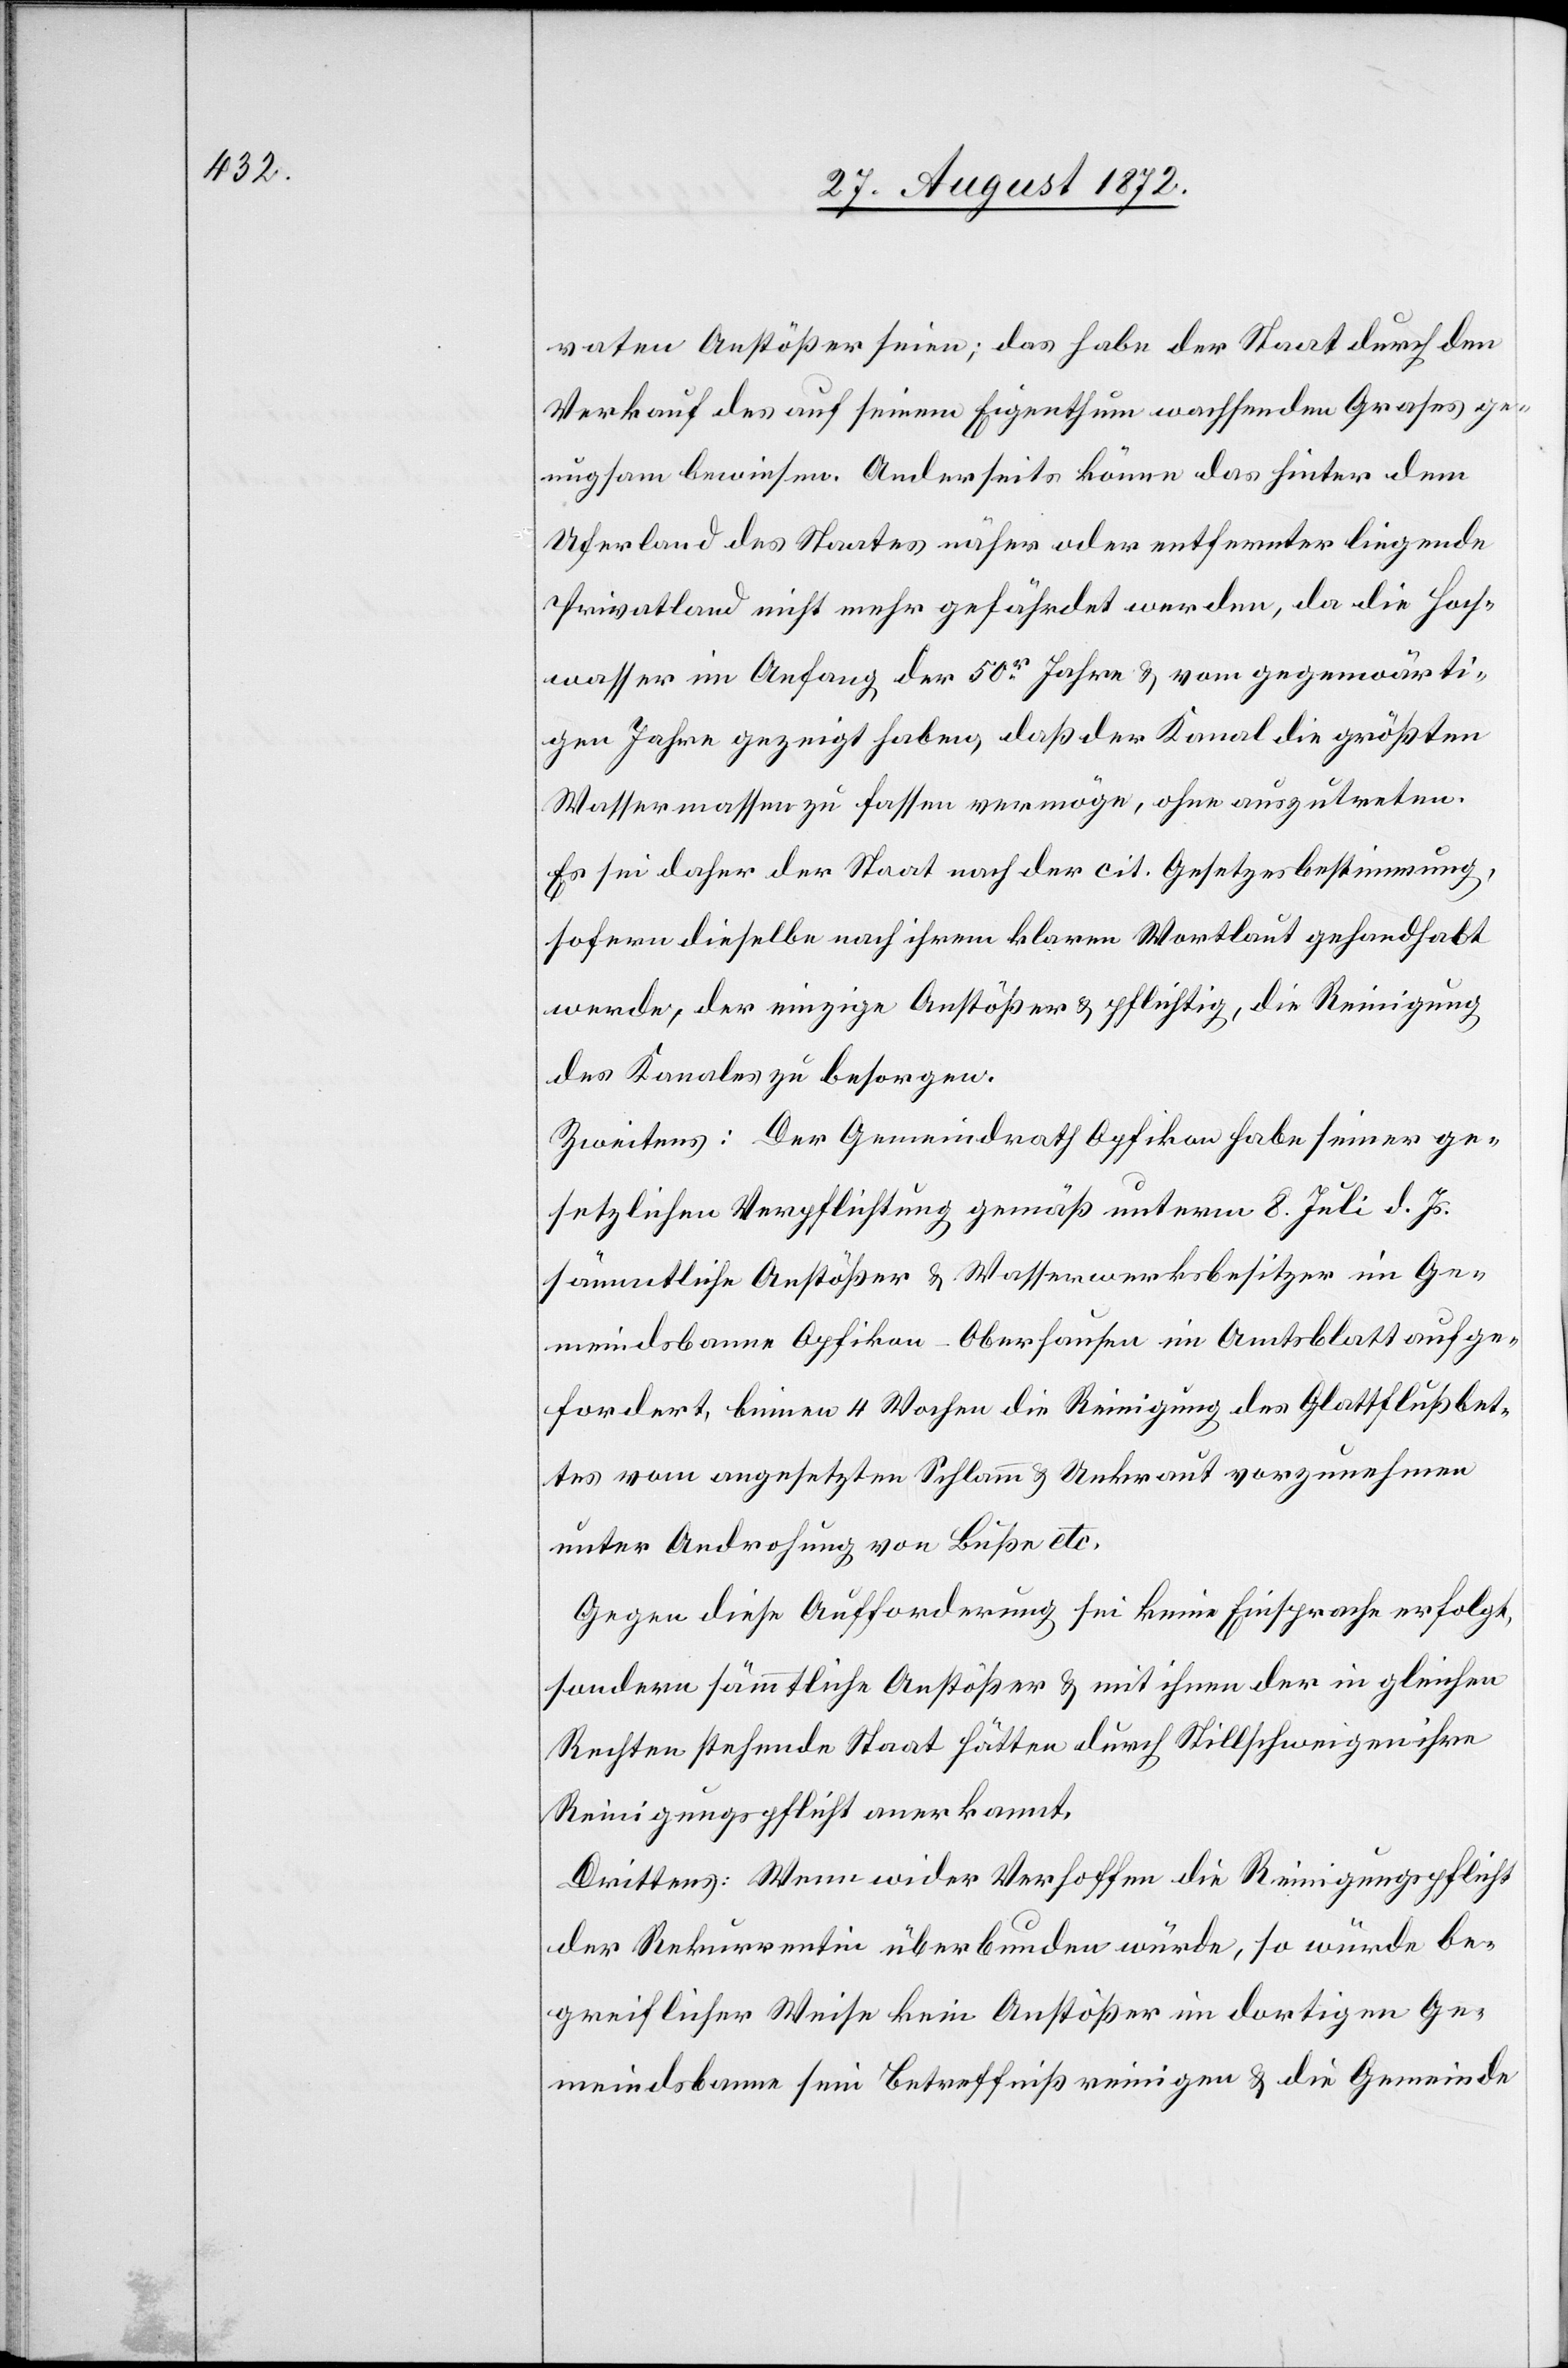
vaten Anstößer seien; das habe der Staat durch den
Verkauf des auf seinem Eigenthum wachsenden Grases ge¬
nugsam bewiesen. Anderseits könne das hinter dem
Uferland des Staates näher oder entfernter liegende
Privatland nicht mehr gefährdet werden, da die Hoch¬
wasser im Anfang der 50r Jahre u. vom gegenwärti¬
gen Jahre gezeigt haben, daß der Kanal die größten
Wassermassen zu fassen vermöge, ohne auszutreten.
Es sei daher der Staat nach der cit. Gesetzesbestimmung,
sofern dieselbe nach ihrem klaren Wortlaut gehandhabt
werde, der einzige Anstößer u. pflichtig, die Reinigung
des Kanales zu besorgen.
Zweitens: Der Gemeindrath Opfikon habe seiner ge¬
setzlichen Verpflichtung gemäß unterm 8. Juli d. Js.
sämmtliche Anstößer u. Wasserwerksbesitzer im Ge¬
meindsbanne Opfikon-Oberhausen im Amtsblatt aufge¬
fordert, binnen 4 Wochen die Reinigung des Glattflußbet¬
tes vom angesetzten Schlamm u. Unkraut vorzunehmen
unter Androhung von Buße etc.
Gegen diese Aufforderung sei keine Einsprache erfolgt,
sondern sämmtliche Anstößer u. mit ihnen der in gleichen
Rechten stehende Staat hätten durch Stillschweigen ihre
Reinigungspflicht anerkannt.
Drittens: Wenn wider Verhoffen die Reinigungspflicht
der Rekurrentin überbunden würde, so würde be¬
greiflicher Weise kein Anstößer im dortigen Ge¬
meindsbanne sein Betreffniß reinigen u. die Gemeinde